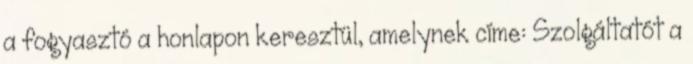
a fogyasztó a honlapon keresztül, amelynek címe: Szolgáltatót a